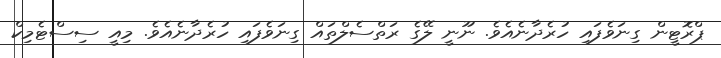
ޕްރޮޓީން ގިނަވެފައި ހުރެދާނެއެވެ. ނޫނީ ލޭގެ ރަތްސެލްތައް ގިނަވެފައި ހުރެދާނެއެވެ. މިއީ ސިސްޓެމިކް